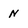
Character: N